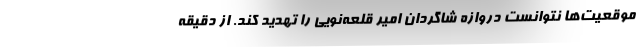
موقعیت‌ها نتوانست دروازه شاگردان امیر قلعه‌نویی را تهدید کند. از دقیقه